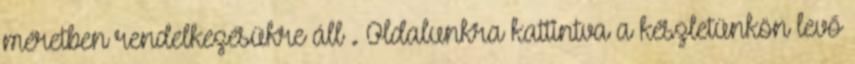
méretben rendelkezésükre áll . Oldalunkra kattintva a készletünkön levő